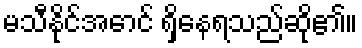
မသီနိုင်အောင် ရှိနေရသည်ဆို၏။